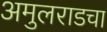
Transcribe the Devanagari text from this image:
अमुलराडचा